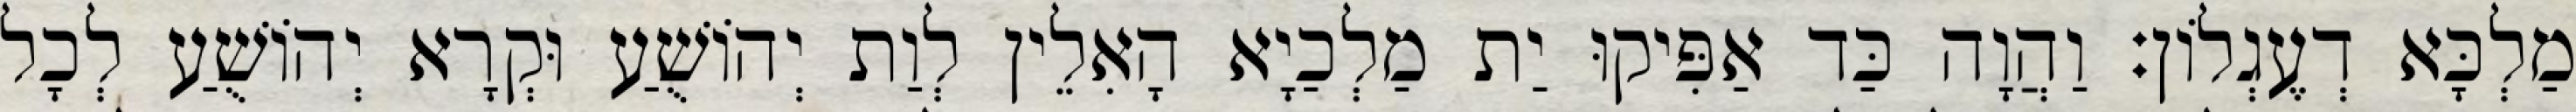
מַלְכָּא דְעֶגְלוֹן׃ וַהֲוָה כַּד אַפִּיקוּ יַת מַלְכַיָא הָאִלֵין לְוַת יְהוֹשֻׁעַ וּקְרָא יְהוֹשֻׁעַ לְכָל